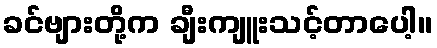
ခင်ဗျားတို့က ချီးကျူးသင့်တာပေါ့။